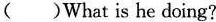
()What is he doing?